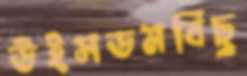
উইসডমবিছু